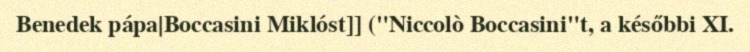
Benedek pápa|Boccasini Miklóst]] ("Niccolò Boccasini"t, a későbbi XI.